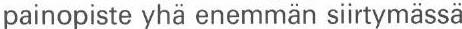
painopiste yhä enemmän siirtymässä